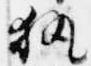
執